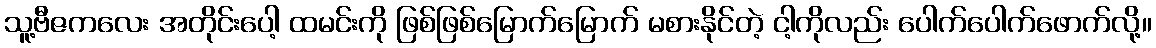
သူ့ဗီဇကလေး အတိုင်းပေါ့ ထမင်းကို ဖြစ်ဖြစ်မြောက်မြောက် မစားနိုင်တဲ့ ငါ့ကိုလည်း ပေါက်ပေါက်ဖောက်လို့။